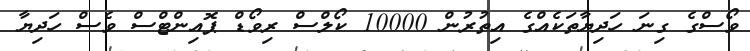
ވޯސްގެ ގިނަ ހަދިޔާތަކެއްގެ އިތުރުން 10000 ކޯލްސް ރިވޯޑް ޕޮއިންޓްސް ވެސް ހަދިޔާ